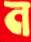
ন